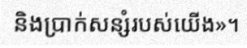
និងប្រាក់សន្សំរបស់យើង»។